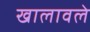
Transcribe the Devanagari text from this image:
खालावले